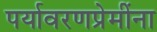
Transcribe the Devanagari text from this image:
पर्यावरणप्रेमींना